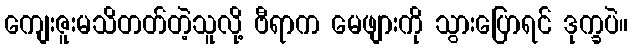
ကျေးဇူးမသိတတ်တဲ့သူလို့ ဗီရာက မေဖျားကို သွားပြောရင် ဒုက္ခပဲ။